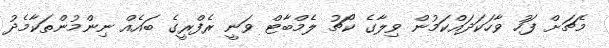
މެޗަށް ފަހު ވާހަކަދައްކަމުން ވިލާގެ ކޯޗު ލެމްބާޓް ވަނީ ރެފްރީގެ ބައެއް ނިންމުންތަކާމެދު